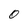
Character: 0